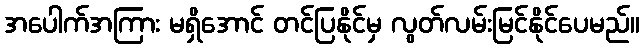
အပေါက်အကြား မရှိအောင် တင်ပြနိုင်မှ လွတ်လမ်းမြင်နိုင်ပေမည်။